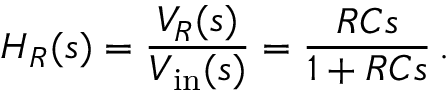
H _ { R } ( s ) = { \frac { V _ { R } ( s ) } { V _ { \mathrm { { i n } } } ( s ) } } = { \frac { R C s } { 1 + R C s } } \, .